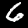
Label: 6